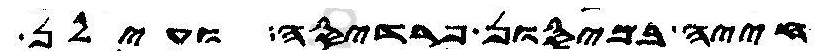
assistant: חייה במיסון פרדיסה ועילן